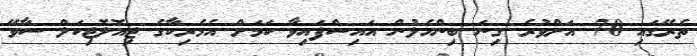
ތެރޭގައި 70 އަށްވުރެ ގިނަ ބިންހެލުން އައިސްފައިވާ ކަމަށް އެމެރިކާގެ ޖިއޮލޮޖިކަލް ސާވޭ